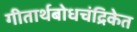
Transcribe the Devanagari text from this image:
गीतार्थबोधचंद्रिकेत